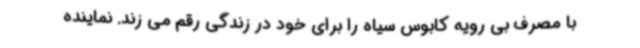
با مصرف بی رویه کابوس سیاه را برای خود در زندگی رقم می زند. نماینده